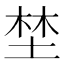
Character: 埜